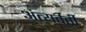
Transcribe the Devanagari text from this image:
अंत्यर्वर्ती